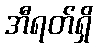
အီရတ်ရှိ